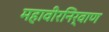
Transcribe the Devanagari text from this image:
महावीरनिर्वाण